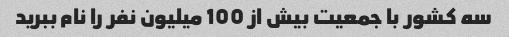
سه کشور با جمعیت بیش از 100 میلیون نفر را نام ببرید